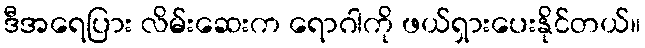
ဒီအရေပြား လိမ်းဆေးက ရောဂါကို ဖယ်ရှားပေးနိုင်တယ်။